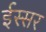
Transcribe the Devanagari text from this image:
ईस्सर